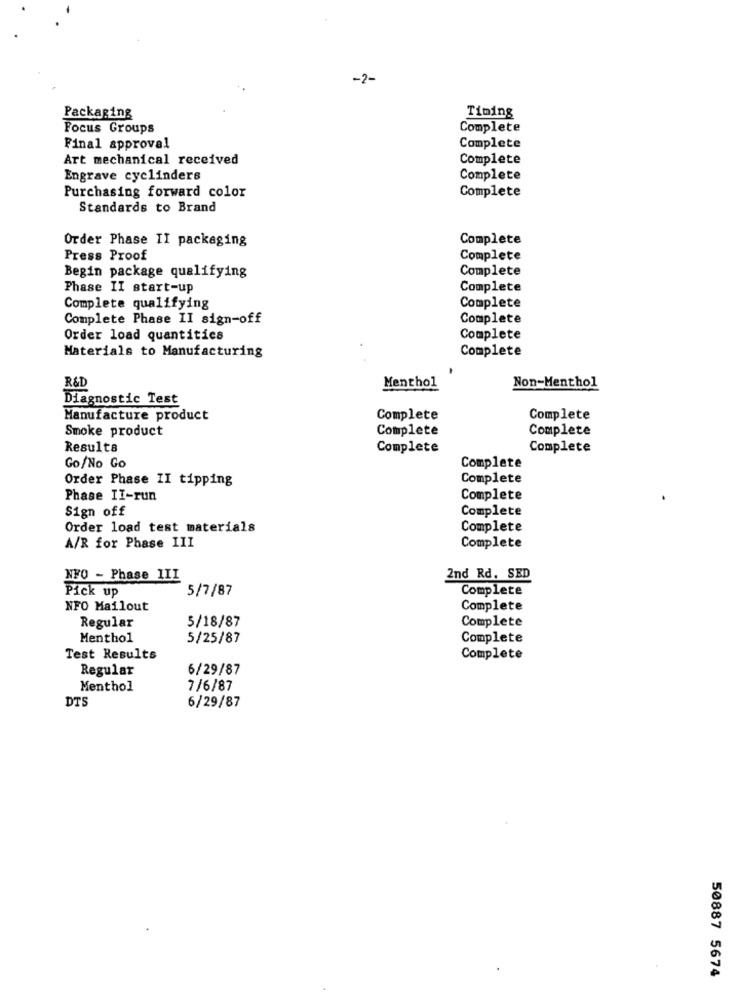
-2-
Packaging
Timing
Focus Groups
Complete
Final approval
Complete
Art mechanical received
Complete
Engrave cyclinders
Complete
Complete
Purchasing forward color
Standards to Brand
Order Phase II packaging
Complete
Press Proof
Complete
Complete
Begin package qualifying
Phase II start-up
Complete
Complete
Complete qualifying
Complete Phase II sign-off
Complete
Order load quantities
Complete
Materials to Manufacturing
Complete
Menthol
R&D
Non-Menthol
Diagnostic Test
Manufacture product
Complete
Complete
Smoke product
Complete
Complete
Results
Complete
Complete
Go/No Go
Complete
Order Phase II tipping
Complete
Phase II-run
Complete
Sign off
Complete
Order load test materials
Complete
A/R for Phase III
Complete
NFO - Phase III
2nd Rd. SED
Pick up
5/7/87
Complete
NFO Mailout
Complete
Regular
5/18/87
Complete
Menthol
5/25/87
Complete
Test Results
Complete
Regular
6/29/87
Menthol
7/6/87
DTS
6/29/87
50887 5674